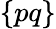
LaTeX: \{ pq\}